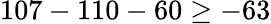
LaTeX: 107-110-60\geq-63